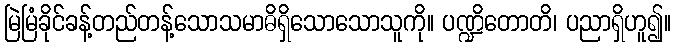
မြဲမြံခိုင်ခန့်တည်တန့်သောသမာဓိရှိသောသောသူကို။ ပဏ္ဍိတောတိ၊ ပညာရှိဟူ၍။